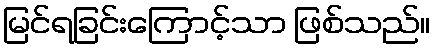
မြင်ရခြင်းကြောင့်သာ ဖြစ်သည်။